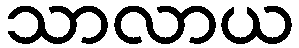
သာလာယ